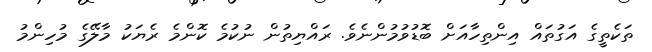
ތަކެތީގެ އަގުތައް އިންތިހާއަށް ބޮޑުވުމުންނެވެ. ރައްޔިތުން ނުކުމެ ކޮންމެ ރެޔަކު މާލޭގެ މުހިންމު